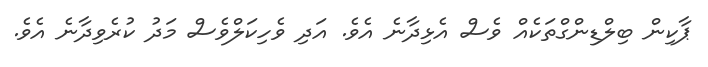
ޕާކިން ބިލްޑިންގްތަކެއް ވެސް އެޅިދާނެ އެވެ. އަދި ވެހިކަލްވެސް މަދު ކުރެވިދާނެ އެވެ.